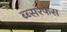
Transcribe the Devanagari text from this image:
ब्ब्सरफेस